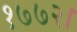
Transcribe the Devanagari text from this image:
१७७२।